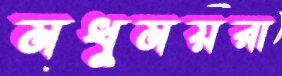
মধুময়রা